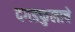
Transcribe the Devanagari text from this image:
दगडफुलाचे